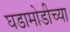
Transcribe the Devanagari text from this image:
घडामोडीच्या